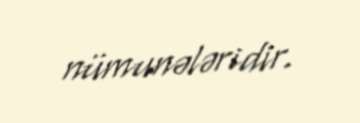
nümunələridir.